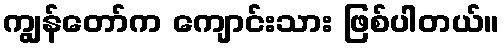
ကျွန်တော်က ကျောင်းသား ဖြစ်ပါတယ်။